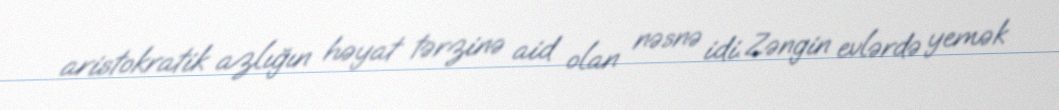
aristokratik azlığın həyat tərzinə aid olan nəsnə idi. Zəngin evlərdə yemək